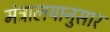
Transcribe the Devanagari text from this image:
मंत्रालयानुसार